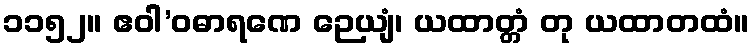
၁၁၅၂။ ဧဝါ’ဝဓာရဏေ ဉေယျံ၊ ယထာတ္တံ တု ယထာတထံ။